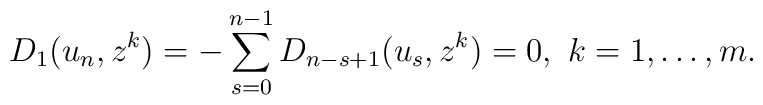
D_1(u_n,z^k)=-\sum_{s=0}^{n-1}D_{n-s+1}(u_s,z^k)=0,\ k=1,\dots, m.